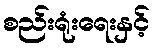
စည်းရုံးရေးနှင့်